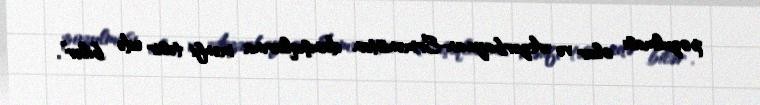
pozulması olar və Azərbaycan-Ermənistan danışıqlarına mənfi təsir edə bilər”.